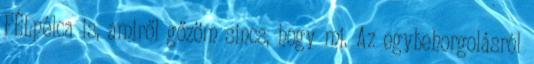
FÉLpélca is, amiről gőzöm sincs, hogy mi. Az egybehorgolásról